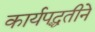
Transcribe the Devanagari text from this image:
कार्यपद्धतीने